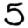
Digit: 5